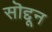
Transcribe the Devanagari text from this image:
सॊद्दून